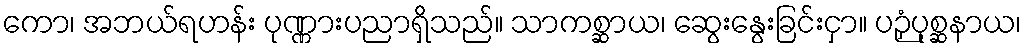
ကော၊ အဘယ်ရဟန်း ပုဏ္ဏားပညာရှိသည်။ သာကစ္ဆာယ၊ ဆွေးနွေးခြင်းငှာ။ ပဉှံပုစ္ဆနာယ၊